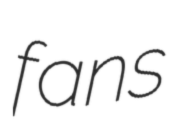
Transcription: fans